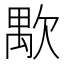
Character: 𱤸